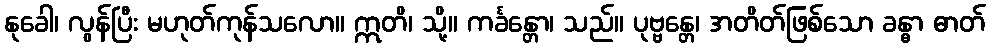
နုခေါ၊ လွန်ပြီး မဟုတ်ကုန်သလော။ ဣတိ၊ သို့။ ကင်္ခန္တော၊ သည်။ ပုဗ္ဗန္တေ၊ အတိတ်ဖြစ်သော ခန္ဓာ ဓာတ်